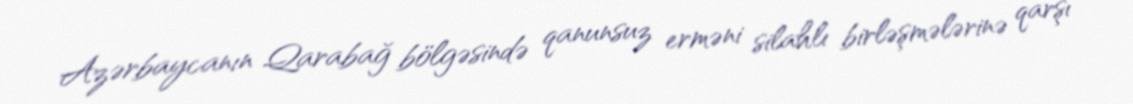
Azərbaycanın Qarabağ bölgəsində qanunsuz erməni silahlı birləşmələrinə qarşı